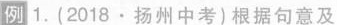
例 1.(2018·扬州中考)根据句意及